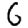
Digit: 6